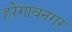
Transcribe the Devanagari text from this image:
हरेगावनगर